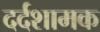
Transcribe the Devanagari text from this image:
दर्दशामक